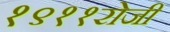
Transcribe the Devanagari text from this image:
१९११रोजी